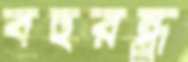
বহুরন্ধ্র্র